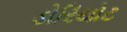
ડોરિયોટ